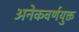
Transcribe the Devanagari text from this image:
अनेकवर्णयुक्त